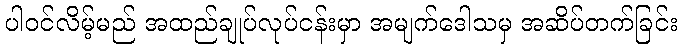
ပါဝင်လိမ့်မည် အထည်ချုပ်လုပ်ငန်းမှာ အမျက်ဒေါသမှ အဆိပ်တက်ခြင်း